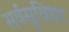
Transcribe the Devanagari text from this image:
सर्वसुविधा